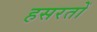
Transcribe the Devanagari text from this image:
हसरतों